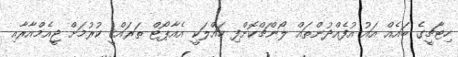
ހިޓާޗީގެ ބައެއް އައު އުފެއްދުންތައް ލޯންޗްކޮށްފި ހައްލަކީ އެއާޕޯޓް ތަރައްޤީ ކުރުމަށް ޖީއެމްއާރާއި